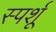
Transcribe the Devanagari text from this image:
स्पर्शू